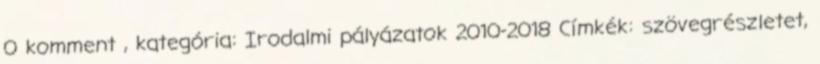
0 komment , kategória: Irodalmi pályázatok 2010-2018 Címkék: szövegrészletet,